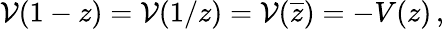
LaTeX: {\cal V}(1-z)={\cal V}(1/z)={\cal V}(\overline{{{z}}})=-V(z)\, ,